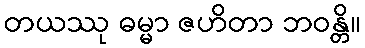
တယဿု ဓမ္မာ ဇဟိတာ ဘဝန္တိ။